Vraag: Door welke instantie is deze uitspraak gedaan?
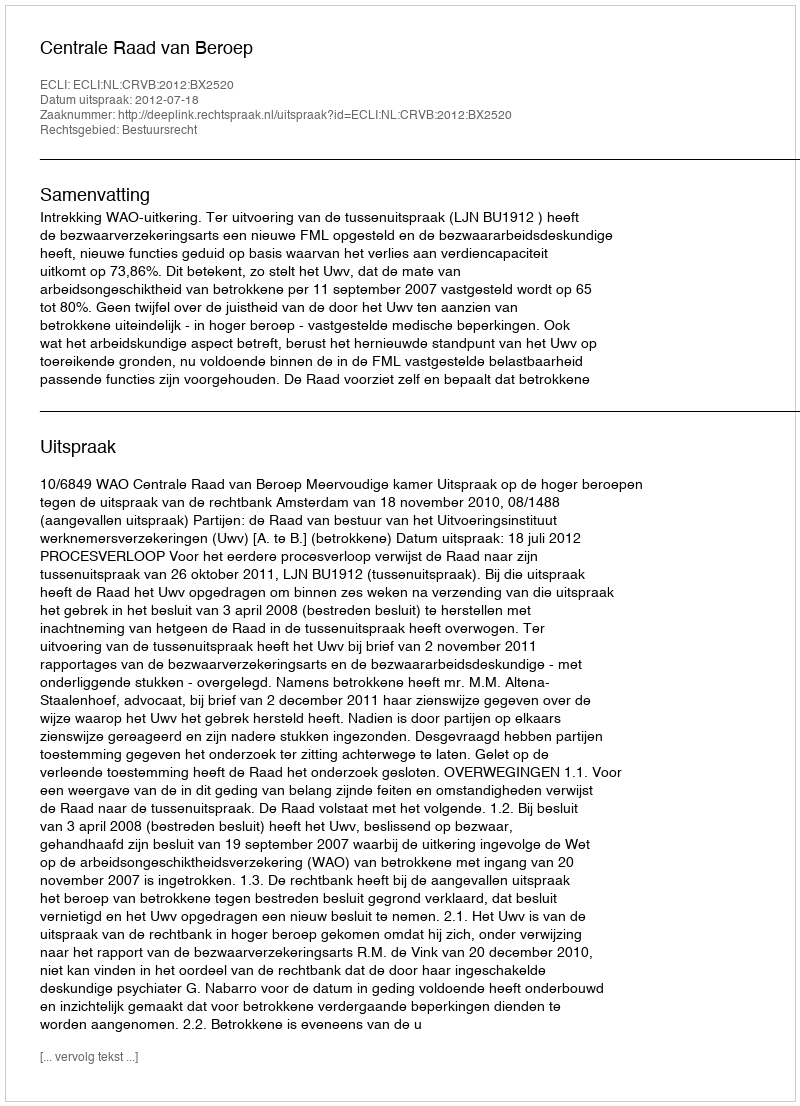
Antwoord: Centrale Raad van Beroep